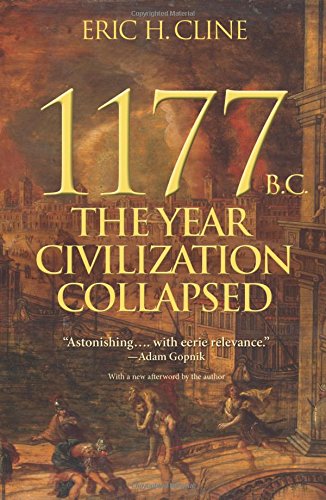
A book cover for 1177 B.C.: The Year Civilization Collapsed (Turning Points in Ancient History); Eric H. Cline; Science & Math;